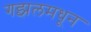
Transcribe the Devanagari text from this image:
गझलमधून